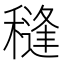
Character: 𮃩